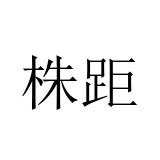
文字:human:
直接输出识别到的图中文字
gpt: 株距